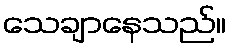
သေချာနေသည်။